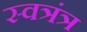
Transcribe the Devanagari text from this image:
स्वत्रंत्र